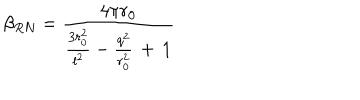
LaTeX: \beta _ { R N } = \frac { 4 \pi r _ { 0 } } { \frac { 3 r _ { 0 } ^ { 2 } } { l ^ { 2 } } - \frac { q ^ { 2 } } { r _ { 0 } ^ { 2 } } \, + \, 1 }